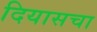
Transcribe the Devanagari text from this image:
दियासचा